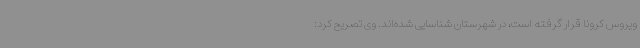
ویروس کرونا قرار گرفته است، در شهرستان شناسایی شده‌اند. وی تصریح کرد: